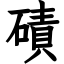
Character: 磧